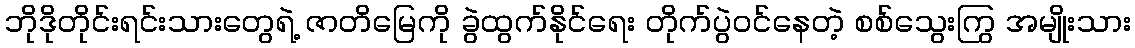
ဘိုဒိုတိုင်းရင်းသားတွေရဲ့ ဇာတိမြေကို ခွဲထွက်နိုင်ရေး တိုက်ပွဲဝင်နေတဲ့ စစ်သွေးကြွ အမျိုးသား